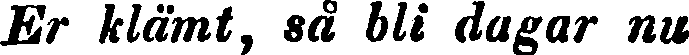
Er klämt, så bli dagar nu